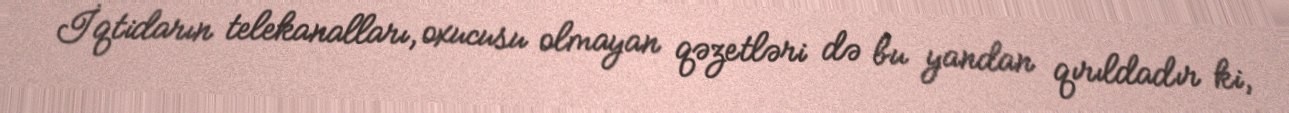
İqtidarın telekanalları, oxucusu olmayan qəzetləri də bu yandan qırıldadır ki,